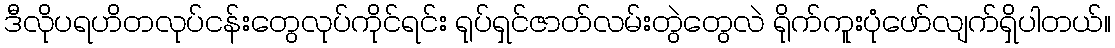
ဒီလိုပရဟိတလုပ်ငန်းတွေလုပ်ကိုင်ရင်း ရုပ်ရှင်ဇာတ်လမ်းတွဲတွေလဲ ရိုက်ကူးပုံဖော်လျက်ရှိပါတယ်။